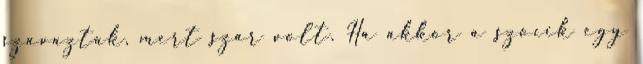
szavaztak, mert szar volt. Ha akkor a szocik egy